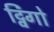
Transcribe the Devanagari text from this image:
ट्विंगो